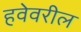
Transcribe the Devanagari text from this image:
हवेवरील